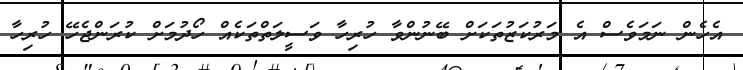
އެހެން ނަމަވެސް އެ މަރުކަޒުތަކަށް ބޭނުންވާ ހުރިހާ ވަސީލަތްތަކެއް ހޯދުމަށް ކުރަންޖެހޭ ހުރިހާ